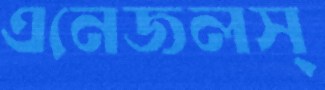
এনেজলস্